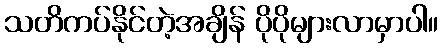
သတိကပ်နိုင်တဲ့အချိန် ပိုပိုများလာမှာပါ။